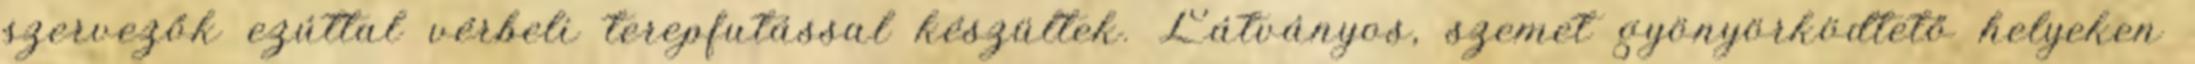
szervezők ezúttal vérbeli terepfutással készültek. Látványos, szemet gyönyörködtető helyeken